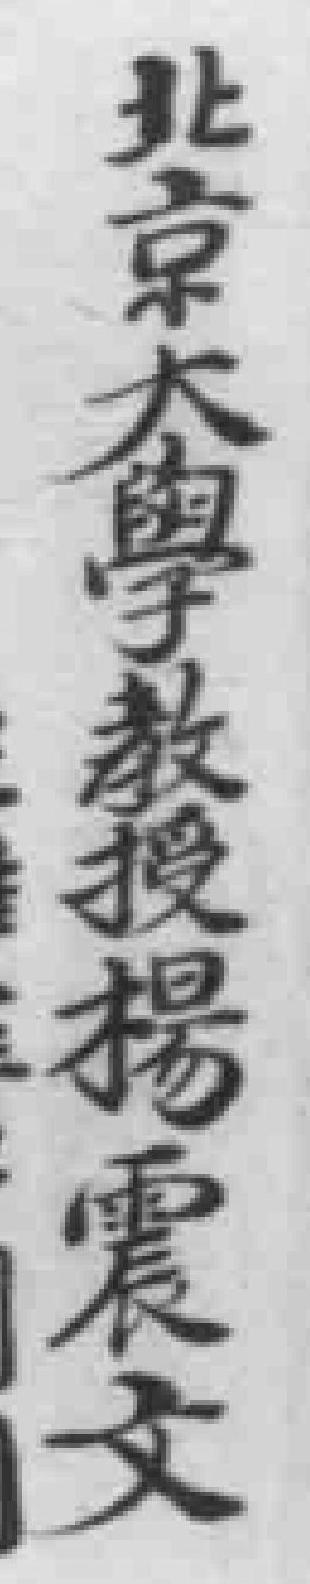
北京大學教授楊震文